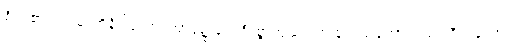
စိတ်၏။ ပဌမာဘိနိပါတော၊ အာရုံ၌ ရှေးဦးစွာကျရောက်ခြင်းသဘောသည်။ ဝိတက္ကော၊